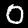
Label: 0